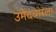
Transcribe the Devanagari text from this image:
उमेदवारला